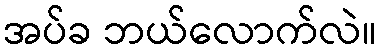
အပ်ခ ဘယ်လောက်လဲ။